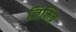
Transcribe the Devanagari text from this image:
जिमित्र